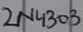
Text: 2N4303